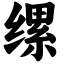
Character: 缧